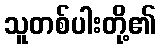
သူတစ်ပါးတို့၏